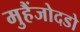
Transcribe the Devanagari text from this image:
मुहैंजोदडो